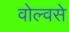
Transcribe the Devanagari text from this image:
वोल्वसे